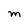
Character: M